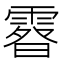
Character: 𩄉